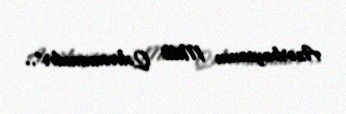
Azərbaycanın Milli Qəhrəmanıdır"..